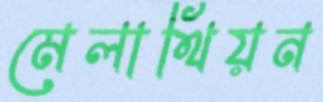
মেলাথিয়ন